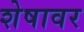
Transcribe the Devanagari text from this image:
शेषावर